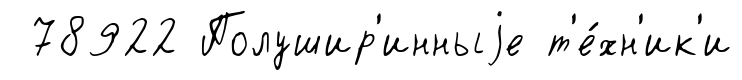
78922 Полушир'инныjе т'е́хн'ик'и